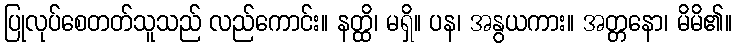
ပြုလုပ်စေတတ်သူသည် လည်ကောင်း။ နတ္ထိ၊ မရှိ။ ပန၊ အနွယကား။ အတ္တနော၊ မိမိ၏။